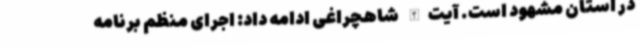
در استان مشهود است. آیت‌الله شاهچراغی ادامه داد: اجرای منظم برنامه